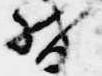
督